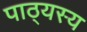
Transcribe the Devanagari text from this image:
पाठ्यस्य